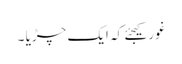
غور کیجئے کہ ایک چڑیا ۔